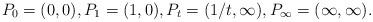
LaTeX: \begin{align*}P_0=(0,0),P_1=(1,0),P_t=(1/t,\infty),P_\infty=(\infty,\infty).\end{align*}